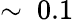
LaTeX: \sim~0.1